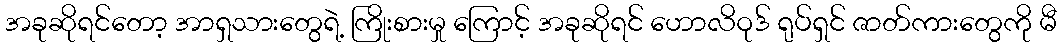
အခုဆိုရင်တော့ အာရှသားတွေရဲ့ ကြိုးစားမှု ကြောင့် အခုဆိုရင် ဟောလိဝုဒ် ရုပ်ရှင် ဇာတ်ကားတွေကို မီ